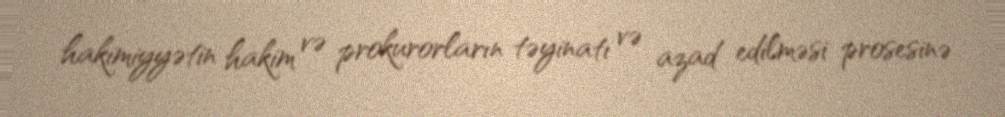
hakimiyyətin hakim və prokurorların təyinatı və azad edilməsi prosesinə